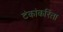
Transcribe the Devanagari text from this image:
टंकांकरिता